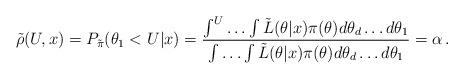
LaTeX: \begin{align*}\tilde{\rho} (U, x) = P_{\tilde{\pi}}(\theta_1 < U|x) = \frac{\int^{U} \ldots \int \tilde{L}(\theta|x) \pi(\theta) d\theta_d \ldots d\theta_1}{\int \ldots \int \tilde{L}(\theta|x) \pi(\theta) d\theta_d \ldots d\theta_1} = \alpha\,. \end{align*}